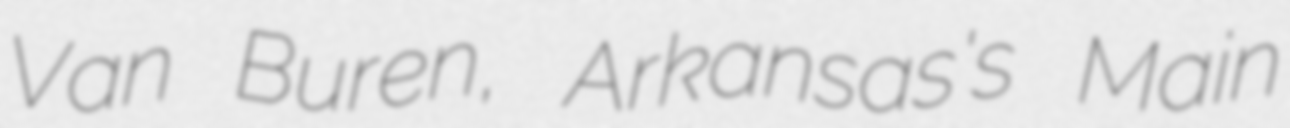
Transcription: Van Buren, Arkansas's Main